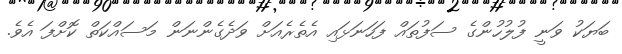
ބަޔަކު ވަނީ ފުލުހުންގެ ސަފުތައް ފަހަނަޅައި އެތެރެއަށް ވަދެގެންނަން މަސައްކަތް ކޮށްފަ އެވެ.